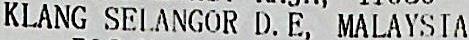
KLANG SELANGOR D. E, MALAYSIA